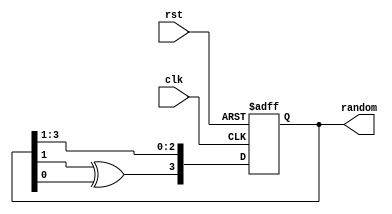
`timescale 1ns / 1ps
module LFSR(random, clk, rst);
	input clk;
	input rst;
	output [3:0] random;
	reg [3:0] random;
	
	always @(posedge clk or posedge rst) begin
		if (rst == 1'b1) random[3:0] <= 4'b1000;
		else begin
			random[2:0] <= random[3:1];
			random[3] <= random[1] ^ random[0];
		end
	end
endmodule